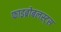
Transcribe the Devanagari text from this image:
फाइब्रोबलस्ट्स